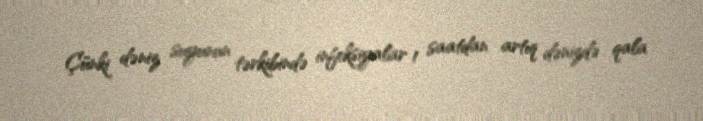
Çünki dəniz suyunun tərkibində infeksiyalar 1 saatdan artıq dənizdə qala